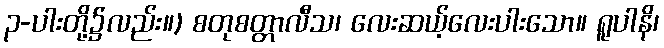
၃-ပါးတို့၌လည်း။) စတုစတ္တာလီသ၊ လေးဆယ့်လေးပါးသော။ ရူပါနိ၊